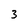
Character: 3